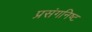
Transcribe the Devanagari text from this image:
प्रसंगनिष्ट